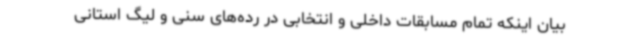
بیان اینکه تمام مسابقات داخلی و انتخابی در رده‌های سنی و لیگ استانی